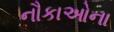
નૌકાઓના